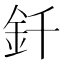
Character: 釺